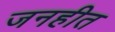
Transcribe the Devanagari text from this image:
जनहीत